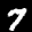
Label: 7